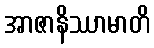
အာဇာနိဿာမာတိ